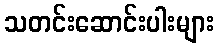
သတင်းဆောင်းပါးများ